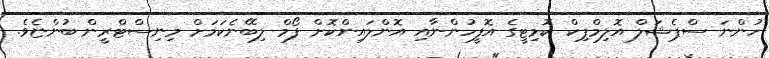
ހުންނަ ސްޕެޝަލް އޮލިމްޕިކް ކޮމިޓީގެ އޮފީހުންނާއި އޮންލައިންކޮށް ފޯމް ލިބޭނެކަމަށް މިނިސްޓްރީން ބުންޏެވެ.